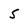
Character: 5